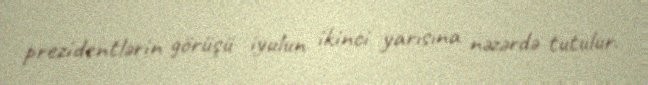
prezidentlərin görüşü iyulun ikinci yarısına nəzərdə tutulur.